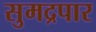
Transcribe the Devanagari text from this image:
सुमद्रपार